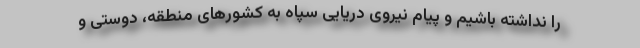
را نداشته باشیم و پیام نیروی دریایی سپاه به کشورهای منطقه، دوستی و